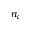
n _ { c }